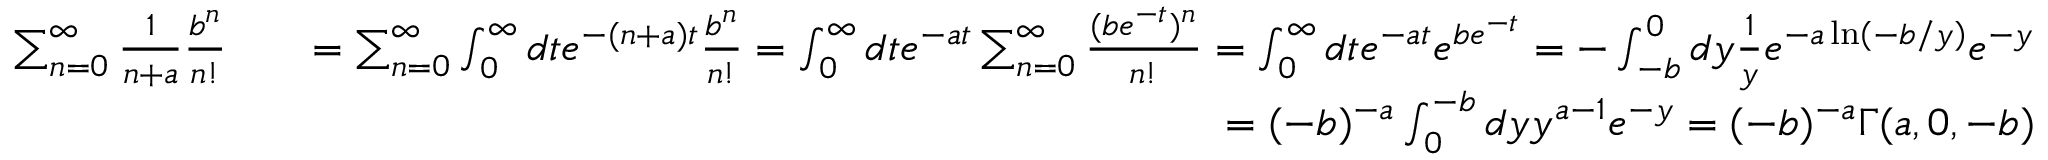
\begin{array} { r l r } { \sum _ { n = 0 } ^ { \infty } \frac { 1 } { n + a } \frac { b ^ { n } } { n ! } } & { } & { = \sum _ { n = 0 } ^ { \infty } \int _ { 0 } ^ { \infty } d t e ^ { - ( n + a ) t } \frac { b ^ { n } } { n ! } = \int _ { 0 } ^ { \infty } d t e ^ { - a t } \sum _ { n = 0 } ^ { \infty } \frac { ( b e ^ { - t } ) ^ { n } } { n ! } = \int _ { 0 } ^ { \infty } d t e ^ { - a t } e ^ { b e ^ { - t } } = - \int _ { - b } ^ { 0 } d y \frac { 1 } { y } e ^ { - a \ln \left( - b / y \right) } e ^ { - y } } \\ & { } & { = ( - b ) ^ { - a } \int _ { 0 } ^ { - b } d y y ^ { a - 1 } e ^ { - y } = ( - b ) ^ { - a } \Gamma ( a , 0 , - b ) } \end{array}